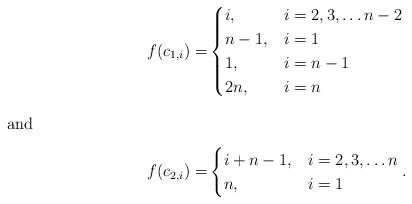
LaTeX: \begin{align*} f(c_{1,i}) =& \begin{cases} i, & i=2,3,\ldots n-2\\ n-1, & i=1\\ 1, & i=n-1\\ 2n,& i=n \end{cases}\intertext{and} f(c_{2,i}) =& \begin{cases} i+n-1, & i=2,3,\ldots n\\ n, & i=1 \end{cases}.\end{align*}